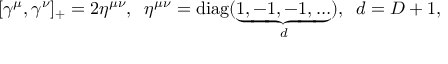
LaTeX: \lbrack \gamma ^ { \mu } , \gamma ^ { \nu } ] _ { + } = 2 \eta ^ { \mu \nu } , \; \; \eta ^ { \mu \nu } = \mathrm { d i a g } ( \underbrace { 1 , - 1 , - 1 , \ldots } _ { d } ) , \; \; d = D + 1 ,